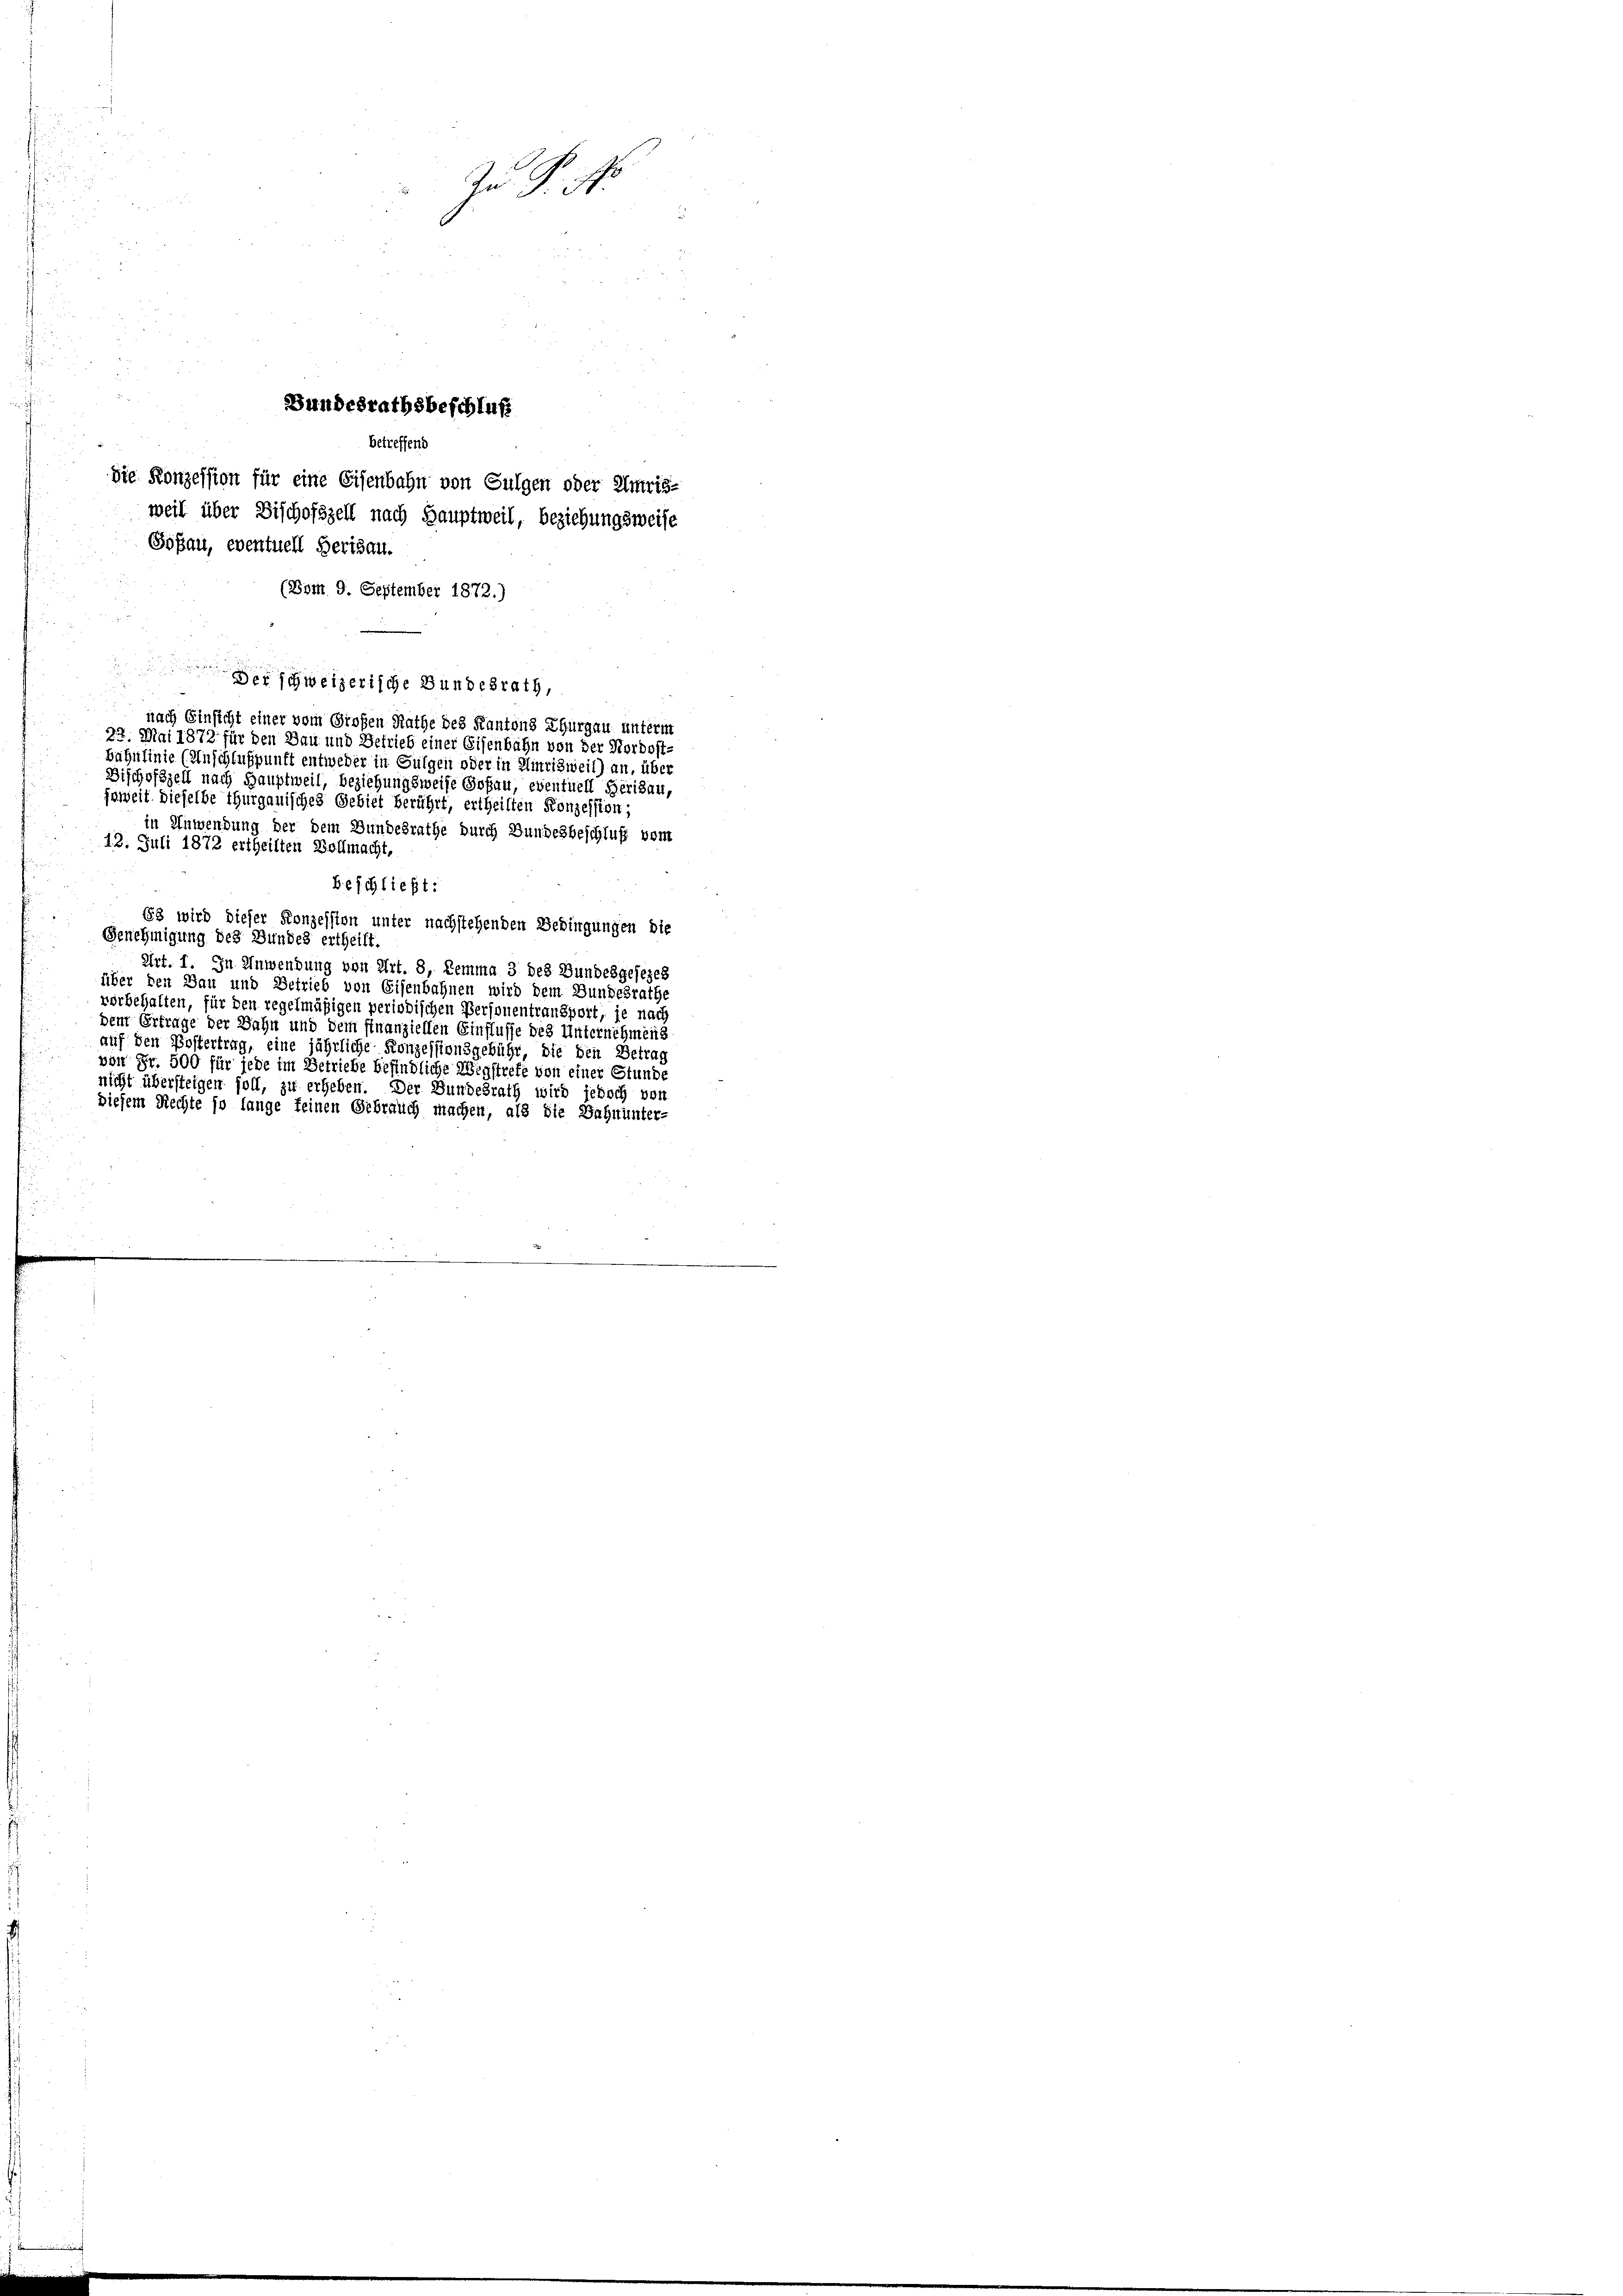
(Bom 9. September 1872.)

Der schweizerische Bundesrath,
nach Einsicht einer vom Großen Rathe des Kantons Thurgau unterm
22. Mai 1872 für den Bau und Getrieb einer Eisenbahn von der Nordost¬
Bähnlinie (Muschlußpunft entweder in Gulgen oder in Umrisweil) an, über
Dischofszell nach Hauptweil, beziehungsweise Goßau, eventuell Herisau,
jeweit dieselbe thurgauisches Gebiet berührt, ertheilten Konzession;
in Anwendung der dem Bundesrathe durch Bundesbeschluß vom
12. Juli 1872 ertheilten Vollmacht,
beschließt:
63 wird dieser Konzession unter nachstehenden Bedingungen die
Genehmigung des Bundes ertheilt.
Art. I. In Anwendung von Art. 8, Lemma 3 des Bundesgesezes
über den Bau und Betrieb von Eisenbahnen wird dem Bundesrathe
vorbehalten, für den regelmäßigen periodischen Personentransport, je nach
dem Ertrage der Bahn und dem finanziellen Einflusse des Unternehmen d
auf den Postertrag, eine jährliche Konzessionsgebühr, die den Betrag
von Fr. 500 für jede im Betriebe befindliche Wegstrete von einer Stunde
nicht übersteigen soll, zu erheben. Der Bundesrath wird jedoch von
diesem Rechte so lange feinen Gebrauch machen, als die Bahnunter-

Zn P. N

Bundesrathsbeschluß
betreffend
die Konzession für eine Eisenbahn von Gulgen oder Umrisweil über Bischofszell nach Hauptweil, beziehungsweise
Goßau, eventuell Herisau.